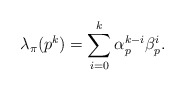
\begin{align*} \lambda_\pi(p^k)= \sum_{i=0}^k \alpha_p^{k-i} \beta_p^i. \end{align*}